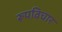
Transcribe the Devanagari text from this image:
रूपविचार